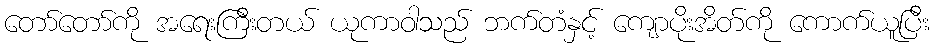
တော်တော်ကို အရေးကြီးတယ် ယုကာဝါသည် ဘက်တံနှင့် ကျောပိုးအိတ်ကို ကောက်ယူပြီး